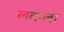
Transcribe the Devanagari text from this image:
लताला